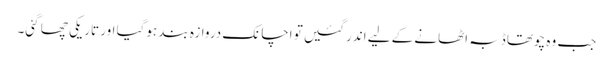
جب وہ چوتھا ڈبہ اٹھانے کے لیے اندر گئیں تو اچانک دروازہ بند ہوگیا اور تاریکی چھا گئی۔